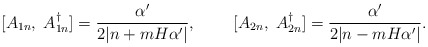
\begin{align*}[A_{1n},\;A_{1n}^\dagger]=\frac{\alpha'}{2|n+mH\alpha'|},\;\;\;\;\;\;\;\;[A_{2n},\;A_{2n}^\dagger]=\frac{\alpha'}{2|n-mH\alpha'|}.\end{align*}